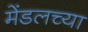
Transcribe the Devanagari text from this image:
मेंडलच्या